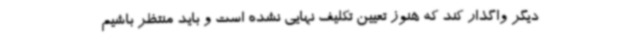
دیگر واگذار کند که هنوز تعیین تکلیف نهایی نشده است و باید منتظر باشیم